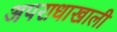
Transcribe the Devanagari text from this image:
अपराधाखाली